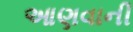
આણવાની